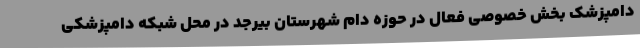
دامپزشک بخش خصوصی فعال در حوزه دام شهرستان بیرجد در محل شبکه دامپزشکی